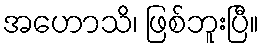
အဟောသိ၊ ဖြစ်ဘူးပြီ။